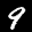
Label: 9